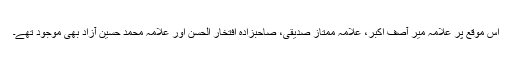
اس موقع پر علامہ میر آصف اکبر، علامہ ممتاز صدیقی، صاحبزادہ افتخار الحسن اور علامہ محمد حسین آزاد بھی موجود تھے۔